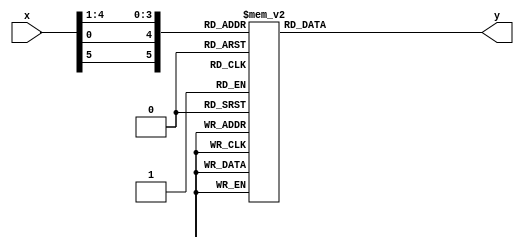
module S1(input [5:0] x, output reg [3:0] y);
	wire [5:0] s;
	assign s = {x[5], x[0], x[4], x[3], x[2], x[1]};
	always @(*) begin
		case (s)
			0: y=14;
			1: y=4;
			2: y=13;
			3: y=1;
			4: y=2;
			5: y=15;
			6: y=11;
			7: y=8;
			8: y=3;
			9: y=10;
			10: y=6;
			11: y=12;
			12: y=5;
			13: y=9;
			14: y=0;
			15: y=7;
			16: y=0;
			17: y=15;
			18: y=7;
			19: y=4;
			20: y=14;
			21: y=2;
			22: y=13;
			23: y=1;
			24: y=10;
			25: y=6;
			26: y=12;
			27: y=11;
			28: y=9;
			29: y=5;
			30: y=3;
			31: y=8;
			32: y=4;
			33: y=1;
			34: y=14;
			35: y=8;
			36: y=13;
			37: y=6;
			38: y=2;
			39: y=11;
			40: y=15;
			41: y=12;
			42: y=9;
			43: y=7;
			44: y=3;
			45: y=10;
			46: y=5;
			47: y=0;
			48: y=15;
			49: y=12;
			50: y=8;
			51: y=2;
			52: y=4;
			53: y=9;
			54: y=1;
			55: y=7;
			56: y=5;
			57: y=11;
			58: y=3;
			59: y=14;
			60: y=10;
			61: y=0;
			62: y=6;
			63: y=13;
		endcase
	end
endmodule
module S2(input [5:0] x, output reg [3:0] y);
	wire [5:0] s;
	assign s = {x[5], x[0], x[4], x[3], x[2], x[1]};
	always @(*) begin
		case (s)
			0: y=15;
			1: y=1;
			2: y=8;
			3: y=14;
			4: y=6;
			5: y=11;
			6: y=3;
			7: y=4;
			8: y=9;
			9: y=7;
			10: y=2;
			11: y=13;
			12: y=12;
			13: y=0;
			14: y=5;
			15: y=10;
			16: y=3;
			17: y=13;
			18: y=4;
			19: y=7;
			20: y=15;
			21: y=2;
			22: y=8;
			23: y=14;
			24: y=12;
			25: y=0;
			26: y=1;
			27: y=10;
			28: y=6;
			29: y=9;
			30: y=11;
			31: y=5;
			32: y=0;
			33: y=14;
			34: y=7;
			35: y=11;
			36: y=10;
			37: y=4;
			38: y=13;
			39: y=1;
			40: y=5;
			41: y=8;
			42: y=12;
			43: y=6;
			44: y=9;
			45: y=3;
			46: y=2;
			47: y=15;
			48: y=13;
			49: y=8;
			50: y=10;
			51: y=1;
			52: y=3;
			53: y=15;
			54: y=4;
			55: y=2;
			56: y=11;
			57: y=6;
			58: y=7;
			59: y=12;
			60: y=0;
			61: y=5;
			62: y=14;
			63: y=9;
		endcase
	end
endmodule
module S3(input [5:0] x, output reg [3:0] y);
	wire [5:0] s;
	assign s = {x[5], x[0], x[4], x[3], x[2], x[1]};
	always @(*) begin
		case (s)
			0: y=10;
			1: y=0;
			2: y=9;
			3: y=14;
			4: y=6;
			5: y=3;
			6: y=15;
			7: y=5;
			8: y=1;
			9: y=13;
			10: y=12;
			11: y=7;
			12: y=11;
			13: y=4;
			14: y=2;
			15: y=8;
			16: y=13;
			17: y=7;
			18: y=0;
			19: y=9;
			20: y=3;
			21: y=4;
			22: y=6;
			23: y=10;
			24: y=2;
			25: y=8;
			26: y=5;
			27: y=14;
			28: y=12;
			29: y=11;
			30: y=15;
			31: y=1;
			32: y=13;
			33: y=6;
			34: y=4;
			35: y=9;
			36: y=8;
			37: y=15;
			38: y=3;
			39: y=0;
			40: y=11;
			41: y=1;
			42: y=2;
			43: y=12;
			44: y=5;
			45: y=10;
			46: y=14;
			47: y=7;
			48: y=1;
			49: y=10;
			50: y=13;
			51: y=0;
			52: y=6;
			53: y=9;
			54: y=8;
			55: y=7;
			56: y=4;
			57: y=15;
			58: y=14;
			59: y=3;
			60: y=11;
			61: y=5;
			62: y=2;
			63: y=12;
		endcase
	end
endmodule
module S4(input [5:0] x, output reg [3:0] y);
	wire [5:0] s;
	assign s = {x[5], x[0], x[4], x[3], x[2], x[1]};
	always @(*) begin
		case (s)
			0: y=7;
			1: y=13;
			2: y=14;
			3: y=3;
			4: y=0;
			5: y=6;
			6: y=9;
			7: y=10;
			8: y=1;
			9: y=2;
			10: y=8;
			11: y=5;
			12: y=11;
			13: y=12;
			14: y=4;
			15: y=15;
			16: y=13;
			17: y=8;
			18: y=11;
			19: y=5;
			20: y=6;
			21: y=15;
			22: y=0;
			23: y=3;
			24: y=4;
			25: y=7;
			26: y=2;
			27: y=12;
			28: y=1;
			29: y=10;
			30: y=14;
			31: y=9;
			32: y=10;
			33: y=6;
			34: y=9;
			35: y=0;
			36: y=12;
			37: y=11;
			38: y=7;
			39: y=13;
			40: y=15;
			41: y=1;
			42: y=3;
			43: y=14;
			44: y=5;
			45: y=2;
			46: y=8;
			47: y=4;
			48: y=3;
			49: y=15;
			50: y=0;
			51: y=6;
			52: y=10;
			53: y=1;
			54: y=13;
			55: y=8;
			56: y=9;
			57: y=4;
			58: y=5;
			59: y=11;
			60: y=12;
			61: y=7;
			62: y=2;
			63: y=14;
		endcase
	end
endmodule
module S5(input [5:0] x, output reg [3:0] y);
	wire [5:0] s;
	assign s = {x[5], x[0], x[4], x[3], x[2], x[1]};
	always @(*) begin
		case (s)
			0: y=2;
			1: y=12;
			2: y=4;
			3: y=1;
			4: y=7;
			5: y=10;
			6: y=11;
			7: y=6;
			8: y=8;
			9: y=5;
			10: y=3;
			11: y=15;
			12: y=13;
			13: y=0;
			14: y=14;
			15: y=9;
			16: y=14;
			17: y=11;
			18: y=2;
			19: y=12;
			20: y=4;
			21: y=7;
			22: y=13;
			23: y=1;
			24: y=5;
			25: y=0;
			26: y=15;
			27: y=10;
			28: y=3;
			29: y=9;
			30: y=8;
			31: y=6;
			32: y=4;
			33: y=2;
			34: y=1;
			35: y=11;
			36: y=10;
			37: y=13;
			38: y=7;
			39: y=8;
			40: y=15;
			41: y=9;
			42: y=12;
			43: y=5;
			44: y=6;
			45: y=3;
			46: y=0;
			47: y=14;
			48: y=11;
			49: y=8;
			50: y=12;
			51: y=7;
			52: y=1;
			53: y=14;
			54: y=2;
			55: y=13;
			56: y=6;
			57: y=15;
			58: y=0;
			59: y=9;
			60: y=10;
			61: y=4;
			62: y=5;
			63: y=3;
		endcase
	end
endmodule
module S6(input [5:0] x, output reg [3:0] y);
	wire [5:0] s;
	assign s = {x[5], x[0], x[4], x[3], x[2], x[1]};
	always @(*) begin
		case (s)
			0: y=12;
			1: y=1;
			2: y=10;
			3: y=15;
			4: y=9;
			5: y=2;
			6: y=6;
			7: y=8;
			8: y=0;
			9: y=13;
			10: y=3;
			11: y=4;
			12: y=14;
			13: y=7;
			14: y=5;
			15: y=11;
			16: y=10;
			17: y=15;
			18: y=4;
			19: y=2;
			20: y=7;
			21: y=12;
			22: y=9;
			23: y=5;
			24: y=6;
			25: y=1;
			26: y=13;
			27: y=14;
			28: y=0;
			29: y=11;
			30: y=3;
			31: y=8;
			32: y=9;
			33: y=14;
			34: y=15;
			35: y=5;
			36: y=2;
			37: y=8;
			38: y=12;
			39: y=3;
			40: y=7;
			41: y=0;
			42: y=4;
			43: y=10;
			44: y=1;
			45: y=13;
			46: y=11;
			47: y=6;
			48: y=4;
			49: y=3;
			50: y=2;
			51: y=12;
			52: y=9;
			53: y=5;
			54: y=15;
			55: y=10;
			56: y=11;
			57: y=14;
			58: y=1;
			59: y=7;
			60: y=6;
			61: y=0;
			62: y=8;
			63: y=13;
		endcase
	end
endmodule
module S7(input [5:0] x, output reg [3:0] y);
	wire [5:0] s;
	assign s = {x[5], x[0], x[4], x[3], x[2], x[1]};
	always @(*) begin
		case (s)
			0: y=4;
			1: y=11;
			2: y=2;
			3: y=14;
			4: y=15;
			5: y=0;
			6: y=8;
			7: y=13;
			8: y=3;
			9: y=12;
			10: y=9;
			11: y=7;
			12: y=5;
			13: y=10;
			14: y=6;
			15: y=1;
			16: y=13;
			17: y=0;
			18: y=11;
			19: y=7;
			20: y=4;
			21: y=9;
			22: y=1;
			23: y=10;
			24: y=14;
			25: y=3;
			26: y=5;
			27: y=12;
			28: y=2;
			29: y=15;
			30: y=8;
			31: y=6;
			32: y=1;
			33: y=4;
			34: y=11;
			35: y=13;
			36: y=12;
			37: y=3;
			38: y=7;
			39: y=14;
			40: y=10;
			41: y=15;
			42: y=6;
			43: y=8;
			44: y=0;
			45: y=5;
			46: y=9;
			47: y=2;
			48: y=6;
			49: y=11;
			50: y=13;
			51: y=8;
			52: y=1;
			53: y=4;
			54: y=10;
			55: y=7;
			56: y=9;
			57: y=5;
			58: y=0;
			59: y=15;
			60: y=14;
			61: y=2;
			62: y=3;
			63: y=12;
		endcase
	end
endmodule
module S8(input [5:0] x, output reg [3:0] y);
	wire [5:0] s;
	assign s = {x[5], x[0], x[4], x[3], x[2], x[1]};
	always @(*) begin
		case (s)
			0: y=13;
			1: y=2;
			2: y=8;
			3: y=4;
			4: y=6;
			5: y=15;
			6: y=11;
			7: y=1;
			8: y=10;
			9: y=9;
			10: y=3;
			11: y=14;
			12: y=5;
			13: y=0;
			14: y=12;
			15: y=7;
			16: y=1;
			17: y=15;
			18: y=13;
			19: y=8;
			20: y=10;
			21: y=3;
			22: y=7;
			23: y=4;
			24: y=12;
			25: y=5;
			26: y=6;
			27: y=11;
			28: y=0;
			29: y=14;
			30: y=9;
			31: y=2;
			32: y=7;
			33: y=11;
			34: y=4;
			35: y=1;
			36: y=9;
			37: y=12;
			38: y=14;
			39: y=2;
			40: y=0;
			41: y=6;
			42: y=10;
			43: y=13;
			44: y=15;
			45: y=3;
			46: y=5;
			47: y=8;
			48: y=2;
			49: y=1;
			50: y=14;
			51: y=7;
			52: y=4;
			53: y=10;
			54: y=8;
			55: y=13;
			56: y=15;
			57: y=12;
			58: y=9;
			59: y=0;
			60: y=3;
			61: y=5;
			62: y=6;
			63: y=11;
		endcase
	end
endmodule